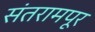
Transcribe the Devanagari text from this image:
संतरामपूर